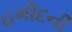
હમીદની